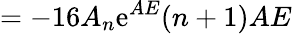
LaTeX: =-16A_{n}\mathrm{e}^{AE}(n+1)AE